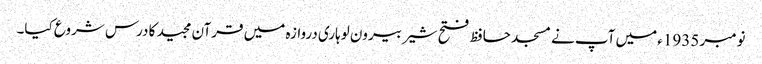
نومبر 1935ء میں آپ نے مسجد حافظ فتح شیر بیرون لوہاری دروازہ میں قرآن مجید کا درس شروع کیا۔